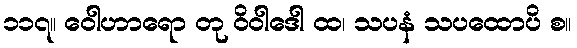
၁၁၇။ ဝေါဟာရော တု ဝိဝါဒေါ ထ၊ သပနံ သပထောပိ စ။